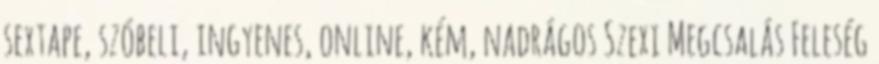
sextape, szóbeli, ingyenes, online, kém, nadrágos Szexi Megcsalás Feleség